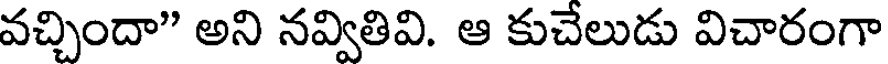
వచ్చిందా" అని నవ్వితివి. ఆ కుచేలుడు విచారంగా